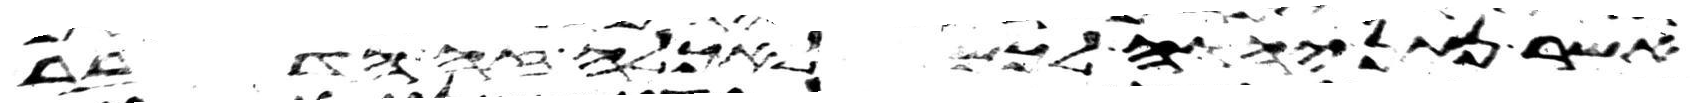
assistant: אשר נתן יהוה לכם לאכלה זה הדבר